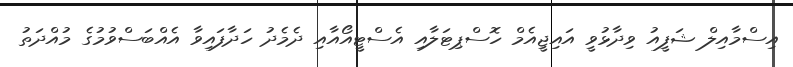
އިސްމާއިލް ޝަފީއު ވިދާޅުވީ އައިޖީއެމް ހޮސްޕިޓަލާއި އެސްޓީއޯއާއި ދެމެދު ހަދާފައިވާ އެއްބަސްވުމުގެ މުއްދަތު